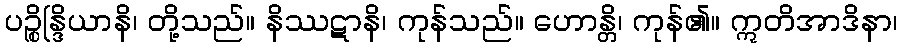
ပဉ္စိန္ဒြိယာနိ၊ တို့သည်။ နိဿဋာနိ၊ ကုန်သည်။ ဟောန္တိ၊ ကုန်၏။ ဣတိအာဒိနာ၊